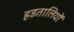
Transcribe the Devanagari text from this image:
हडतालियों